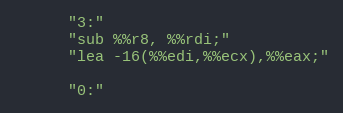
Language: C++
      "3:"
      "sub %%r8, %%rdi;"
      "lea -16(%%edi,%%ecx),%%eax;"

      "0:"